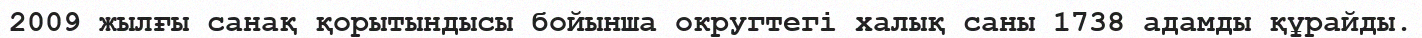
2009 жылғы санақ қорытындысы бойынша округтегі халық саны 1738 адамды құрайды.